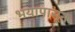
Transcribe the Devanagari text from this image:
भयापासून